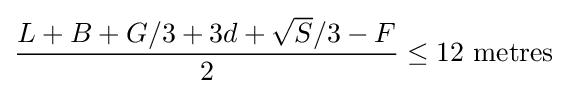
{\frac {L+B+G/3+3d+{\sqrt {S}}/3-F}{2}}\leq 12{\mbox{ metres}}